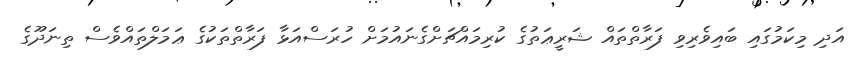
އަދި މިކަމުގައި ބައިވެރިވި ފަރާތްތައް ޝަރީޢަތުގެ ކުރިމައްޗަށްގެނައުމަށް ހުރަސްއަޅާ ފަރާތްތަކުގެ ޢަމަލްތައްވެސް ތިނަދޫގެ